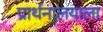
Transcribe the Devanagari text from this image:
प्रार्थनालयाला